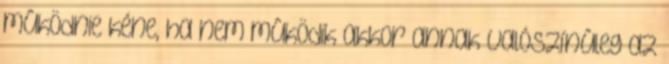
mûködnie kéne, ha nem mûködik akkor annak valószínûleg az